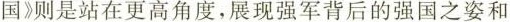
国》则是站在更高角度，展现强军背后的强国之姿和